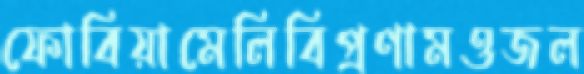
ফোবিয়ামেলিবিপ্রণামওজল